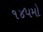
૧૪૫મો